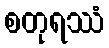
စတုရဿံ